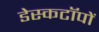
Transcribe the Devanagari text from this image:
डेस्कटॉपों